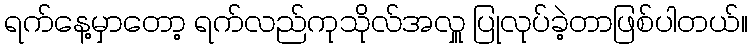
ရက်နေ့မှာတော့ ရက်လည်ကုသိုလ်အလှူ ပြုလုပ်ခဲ့တာဖြစ်ပါတယ်။